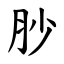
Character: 䏚